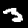
Digit: 3